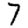
Digit: 7